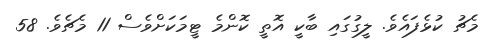
މެޗު ކުޅެފައެވެ. ލީގުގައި ބާކީ އޮތީ ކޮންމެ ޓީމަކަށްވެސް 11 މެޗެވެ. 58